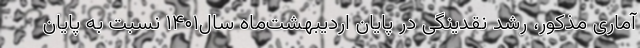
آماری مذکور، رشد نقدینگی در پایان اردیبهشت‌ماه سال۱۴۰۱ نسبت به پایان